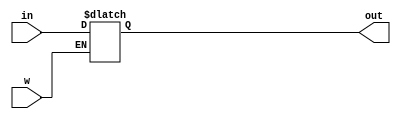
module regn2 (in, w, out);

	input [15:0] in;
	input w;
	output [15:0] out;
	
	reg [15:0] registrador;
	
	initial begin
		registrador = 16'b0000000000000010;
	end
	
	always @(*)
	begin
		if(w)
			registrador = in;
	end
	
	assign out = registrador;
	
endmodule